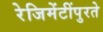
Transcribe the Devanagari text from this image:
रेजिमेंटींपुरते